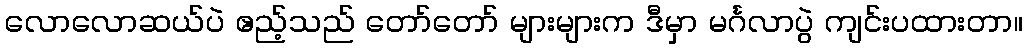
လောလောဆယ်ပဲ ဧည့်သည် တော်တော် များများက ဒီမှာ မင်္ဂလာပွဲ ကျင်းပထားတာ။